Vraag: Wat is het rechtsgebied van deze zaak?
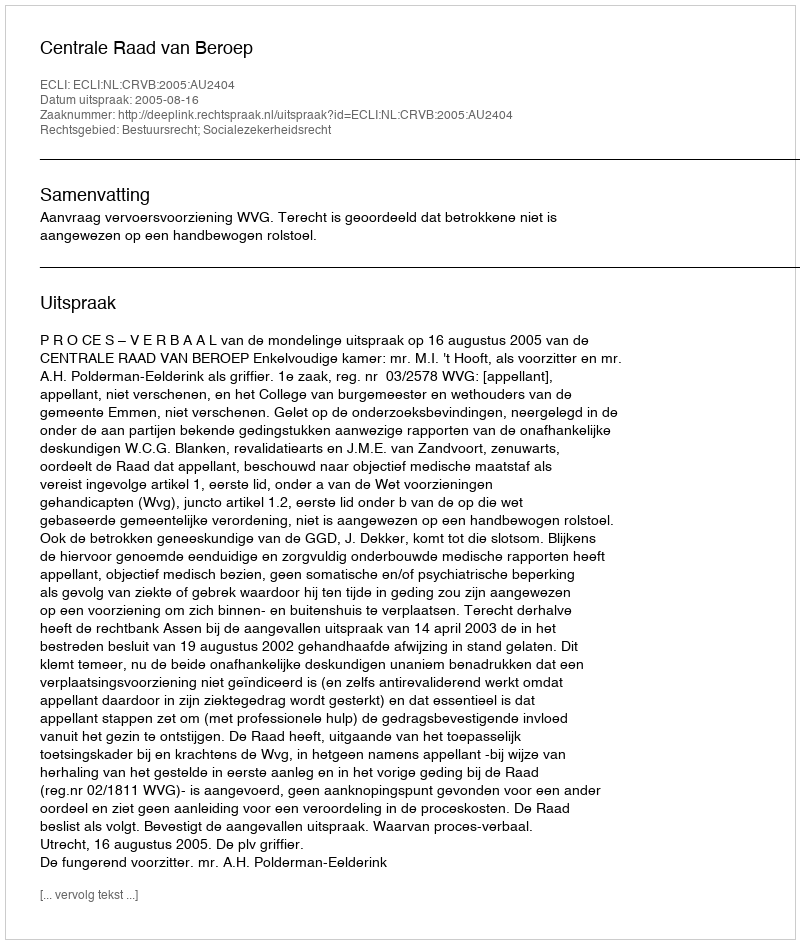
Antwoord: Bestuursrecht; Socialezekerheidsrecht